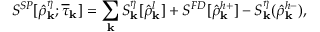
S ^ { S P } [ \hat { \rho } _ { \bf k } ^ { \eta } ; \overline { { \tau } } _ { \bf k } ] = \sum _ { \bf k } S _ { \bf k } ^ { \eta } [ \hat { \rho } _ { \bf k } ^ { l } ] + S ^ { F D } [ \hat { \rho } _ { \bf k } ^ { h + } ] - S _ { \bf k } ^ { \eta } ( \hat { \rho } _ { \bf k } ^ { h - } ) ,